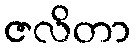
ဇလိတာ